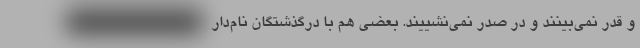
و قدر نمی‌بینند و در صدر نمی‌نشییند. بعضی هم با درگذشتگان نام‌دار